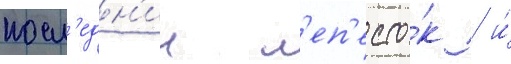
посл'едн'ии л'еп'есто́к / и́